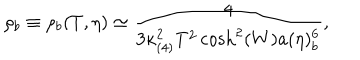
\rho _ { b } \equiv \rho _ { b } ( T , \eta ) \simeq \frac { 4 } { 3 \kappa _ { ( 4 ) } ^ { 2 } T ^ { 2 } \cosh ^ { 2 } ( W ) a ( \eta ) _ { b } ^ { 6 } } ,